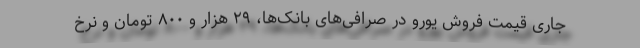
جاری قیمت فروش یورو در صرافی‌های بانک‌ها، ۲۹ هزار و ۸۰۰ تومان و نرخ